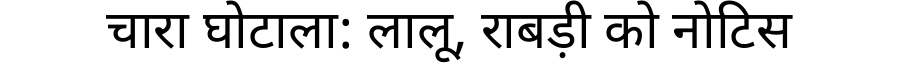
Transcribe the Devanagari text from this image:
चारा घोटाला: लालू, राबड़ी को नोटिस